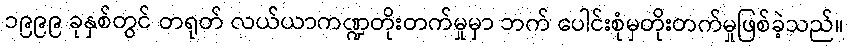
၁၉၉၉ ခုနှစ်တွင် တရုတ် လယ်ယာကဏ္ဍတိုးတက်မှုမှာ ဘက် ပေါင်းစုံမှတိုးတက်မှုဖြစ်ခဲ့သည်။